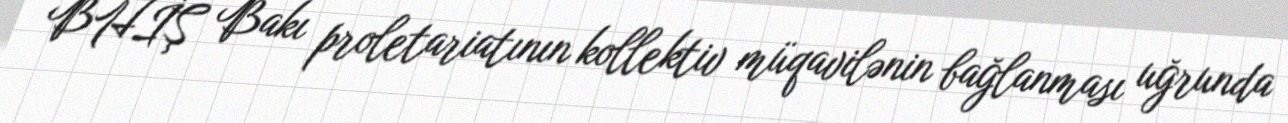
BHİŞ Bakı proletariatının kollektiv müqavilənin bağlanması uğrunda